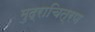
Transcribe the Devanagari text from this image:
मुद्राचित्रण